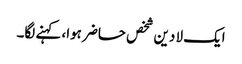
ایک لا دین شخص حاضر ہوا، کہنے لگا۔